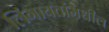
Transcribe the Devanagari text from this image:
लिंगायतांमधील